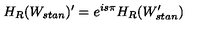
H _ { R } ( W _ { s t a n } ) ^ { \prime } = e ^ { i s \pi } H _ { R } ( W _ { s t a n } ^ { \prime } )